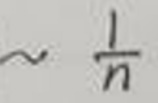
$\sim \frac{1}{n}$